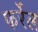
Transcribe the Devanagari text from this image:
फर्रेल